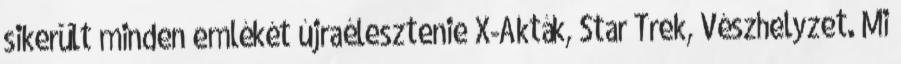
sikerült minden emlékét újraélesztenie X-Akták, Star Trek, Vészhelyzet. Mi